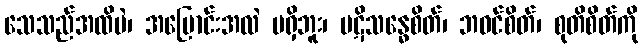
သေသည်အထိပဲ၊ အပြောင်းအလဲ မရှိဘူး၊ ပဋိသန္ဓေစိတ်၊ ဘဝင်စိတ်၊ စုတိစိတ်ကို